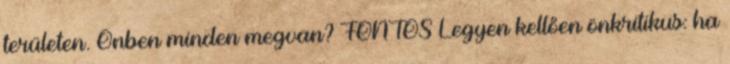
területen. Önben minden megvan? FONTOS Legyen kellően önkritikus: ha